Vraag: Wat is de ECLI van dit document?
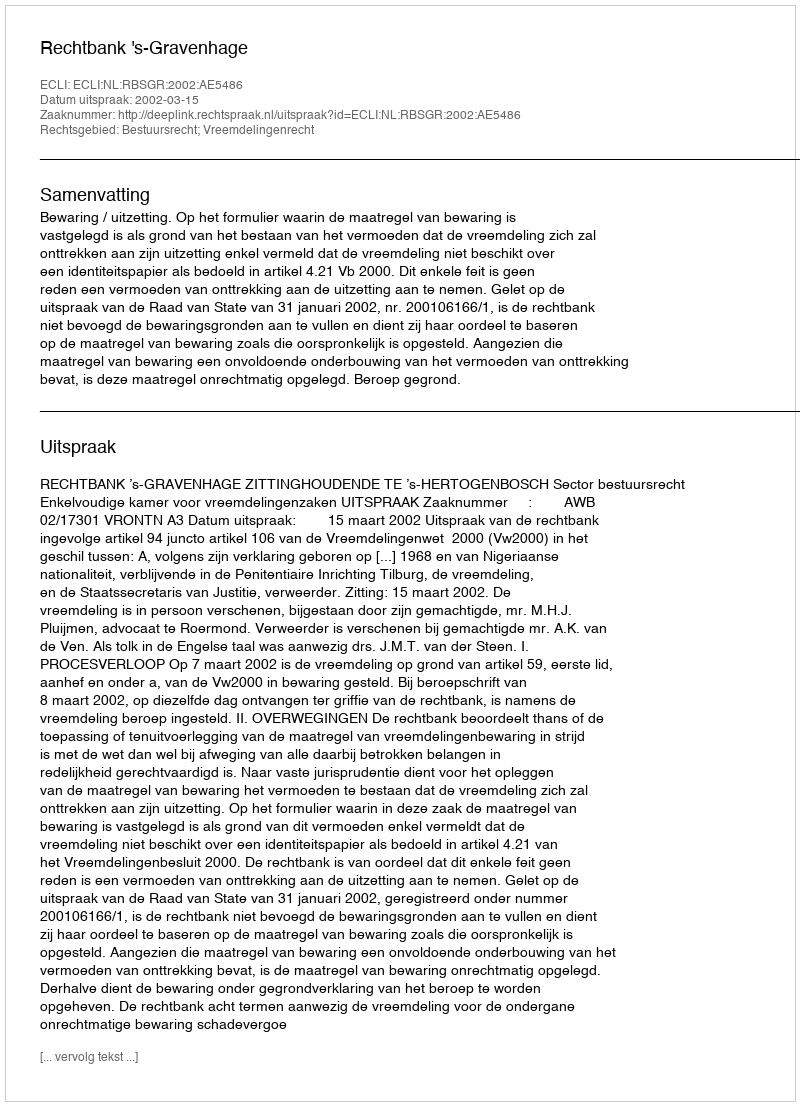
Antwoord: ECLI:NL:RBSGR:2002:AE5486